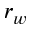
r _ { w }